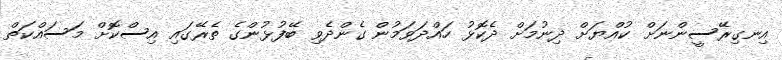
އިނގިރޭސީންނަށް ކުއްޔަށް ދިނުމަށް ދެކޮޅު ހައްދަވަމުން ގެންދެވި ބޭފުޅުންގެ ތެރޭގައި އިސްކޮށް މަސައްކަތް